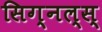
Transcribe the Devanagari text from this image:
सिग्नल्स्